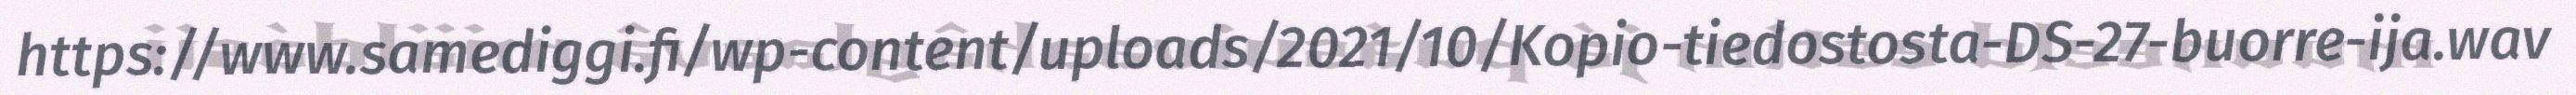
https://www.samediggi.fi/wp-content/uploads/2021/10/Kopio-tiedostosta-DS-27-buorre-ija.wav